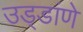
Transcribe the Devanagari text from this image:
उड्डांणे